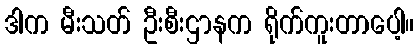
ဒါက မီးသတ် ဦးစီးဌာနက ရိုက်ကူးတာပေါ့။